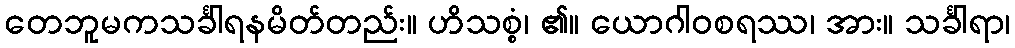
တေဘူမကသင်္ခါရနမိတ်တည်း။ ဟိသစ္စံ၊ ၏။ ယောဂါဝစရဿ၊ အား။ သင်္ခါရာ၊